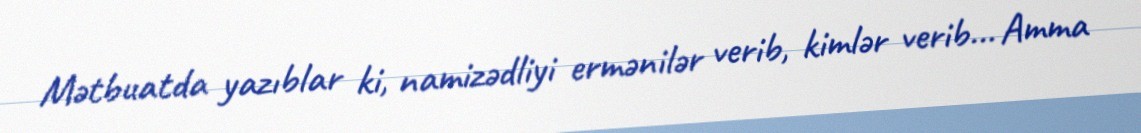
Mətbuatda yazıblar ki, namizədliyi ermənilər verib, kimlər verib... Amma